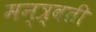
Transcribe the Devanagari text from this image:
मन्त्र्वती